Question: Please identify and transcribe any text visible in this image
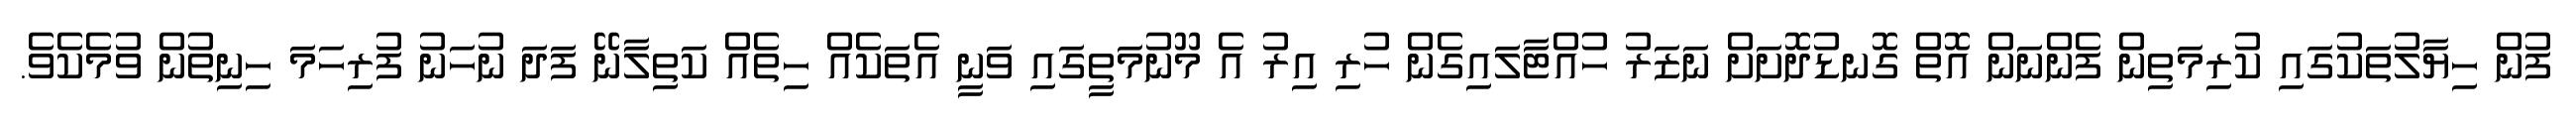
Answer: ފުން ހިޔާލުތަކުގައި ކުރިމަތިން ފެންނަން އޮތް ގޮނޑުދޮށަށް ނަޒަރު ހުއްޓާލައިގެން ހުރި އިރު އެ މޫނުމަތީގައި ވަނީ އެތަކެއް ހިތެއް ކަތިލާނޭ ފަދަ ނުހަނު ފުރިހަމަ ހިނިތުން ވުމެކެވެ.